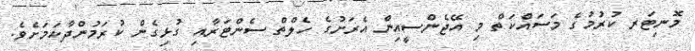
މޮނިޓަރ ކުރުމުގެ މަސައްކަތް މި އޭޖެންސީއިން އެރަށުގެ ހެލްތް ސެންޓަރާއި ގުޅިގެން ކުރަމުންދާކަމަށެވެ.